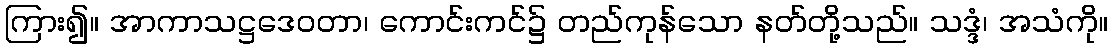
ကြား၍။ အာကာသဋ္ဌဒေဝတာ၊ ကောင်းကင်၌ တည်ကုန်သော နတ်တို့သည်။ သဒ္ဒံ၊ အသံကို။